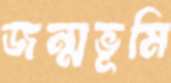
জন্মভূমি